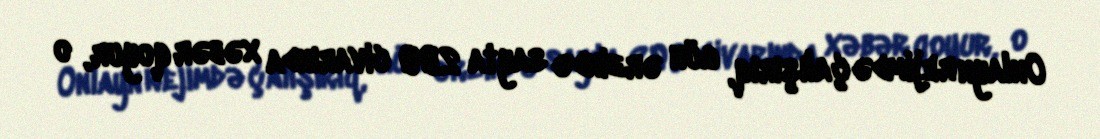
Onlayn rejimdə çalışırıq, gün ərzində sayta 200 civarında xəbər qoyur, o